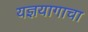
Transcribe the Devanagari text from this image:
यज्ञयागाचा